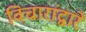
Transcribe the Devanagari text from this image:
विचारांद्वारे